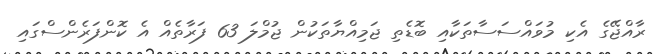
ރާއްޖޭގެ އެކި މުވައްސަސާތަކާއި ބޮޑެތި ޖަމިއްޔާތަކުން ޖުމްލަ 63 ފަރާތެއް އެ ކޮންފަރެންސްގައި